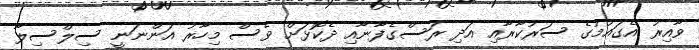
ވާއިރު އެގައުމުގެ ސަރުކާރާއި އަދި ރަސްގެފާނާއި ދެކޮޅަށް ވެސް މިހާރު އަންނަނީ ސިލްސިލާ